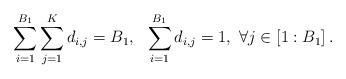
LaTeX: \begin{align*}\begin{aligned}&\sum\limits_{i=1}^{B_{1}}\sum\limits_{j=1}^{K} d_{i,j} =B_1, &\sum\limits_{i=1}^{B_{1}}d_{i,j}=1, ~\forall j\in\left[1:B_{1}\right].\end{aligned}\end{align*}